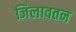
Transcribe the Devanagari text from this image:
जिलावतन